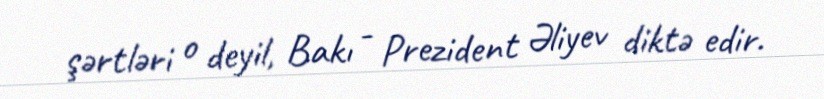
şərtləri o deyil, Bakı - Prezident Əliyev diktə edir.